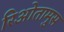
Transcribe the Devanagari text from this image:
रिओतामुस